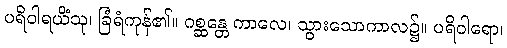
ပရိဝါရယိံသု၊ ခြံရံကုန်၏။ ဂစ္ဆန္တေ ကာလေ၊ သွားသောကာလ၌။ ပရိဝါရော၊